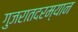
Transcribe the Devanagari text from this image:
गुजरातदरम्यान